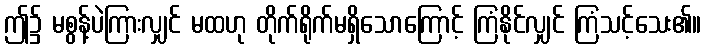
ဤ၌ မစွန့်ပဲကြားလျှင် မထဟု တိုက်ရိုက်မရှိသောကြောင့် ကြံနိုင်လျှင် ကြံသင့်သေး၏။